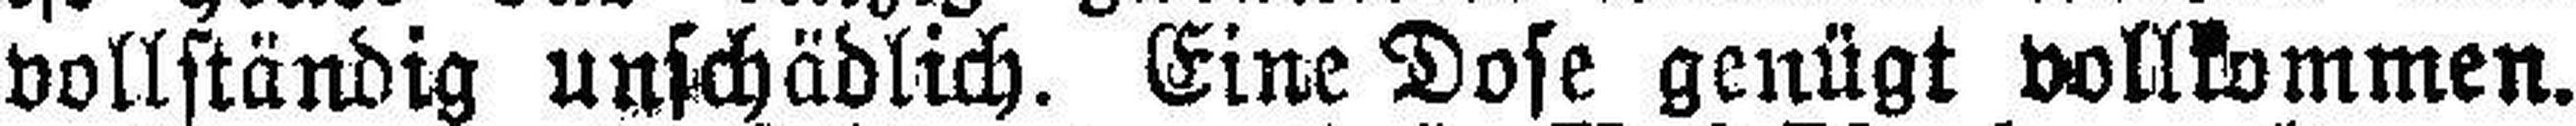
vollständig unschädlich. Eine Dose genügt vollkommen.